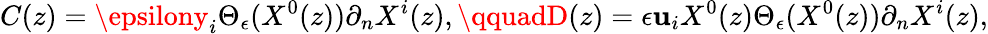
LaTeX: C(z)=\epsilony_{i}\Theta_{\epsilon}(X^{0}(z))\partial_{n}X^{i}(z),\qquadD(z)=\epsilon\mathbf{u}_{i}X^{0}(z)\Theta_{\epsilon}(X^{0}(z))\partial_{n}X^{i}(z),